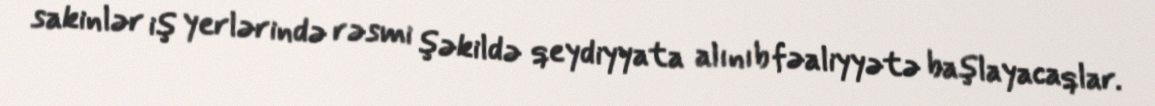
sakinlər iş yerlərində rəsmi şəkildə qeydiyyata alınıb fəaliyyətə başlayacaqlar.